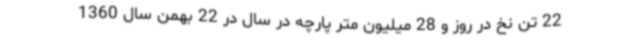
22 تن نخ در روز و 28 میلیون متر پارچه در سال در 22 بهمن سال 1360